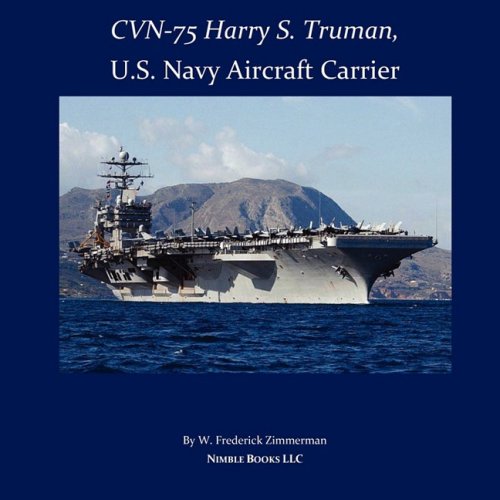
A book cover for CVN-75 HARRY S. TRUMAN, U.S. Navy Aircraft Carrier; W. Frederick Zimmerman; Arts & Photography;